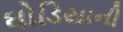
ઘોડિયાની